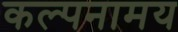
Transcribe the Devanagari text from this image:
कल्पनामय